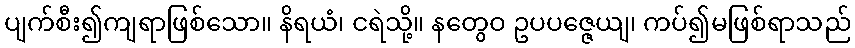
ပျက်စီး၍ကျရာဖြစ်သော။ နိရယံ၊ ငရဲသို့။ နတွေဝ ဥပပဇ္ဇေယျ၊ ကပ်၍မဖြစ်ရာသည်